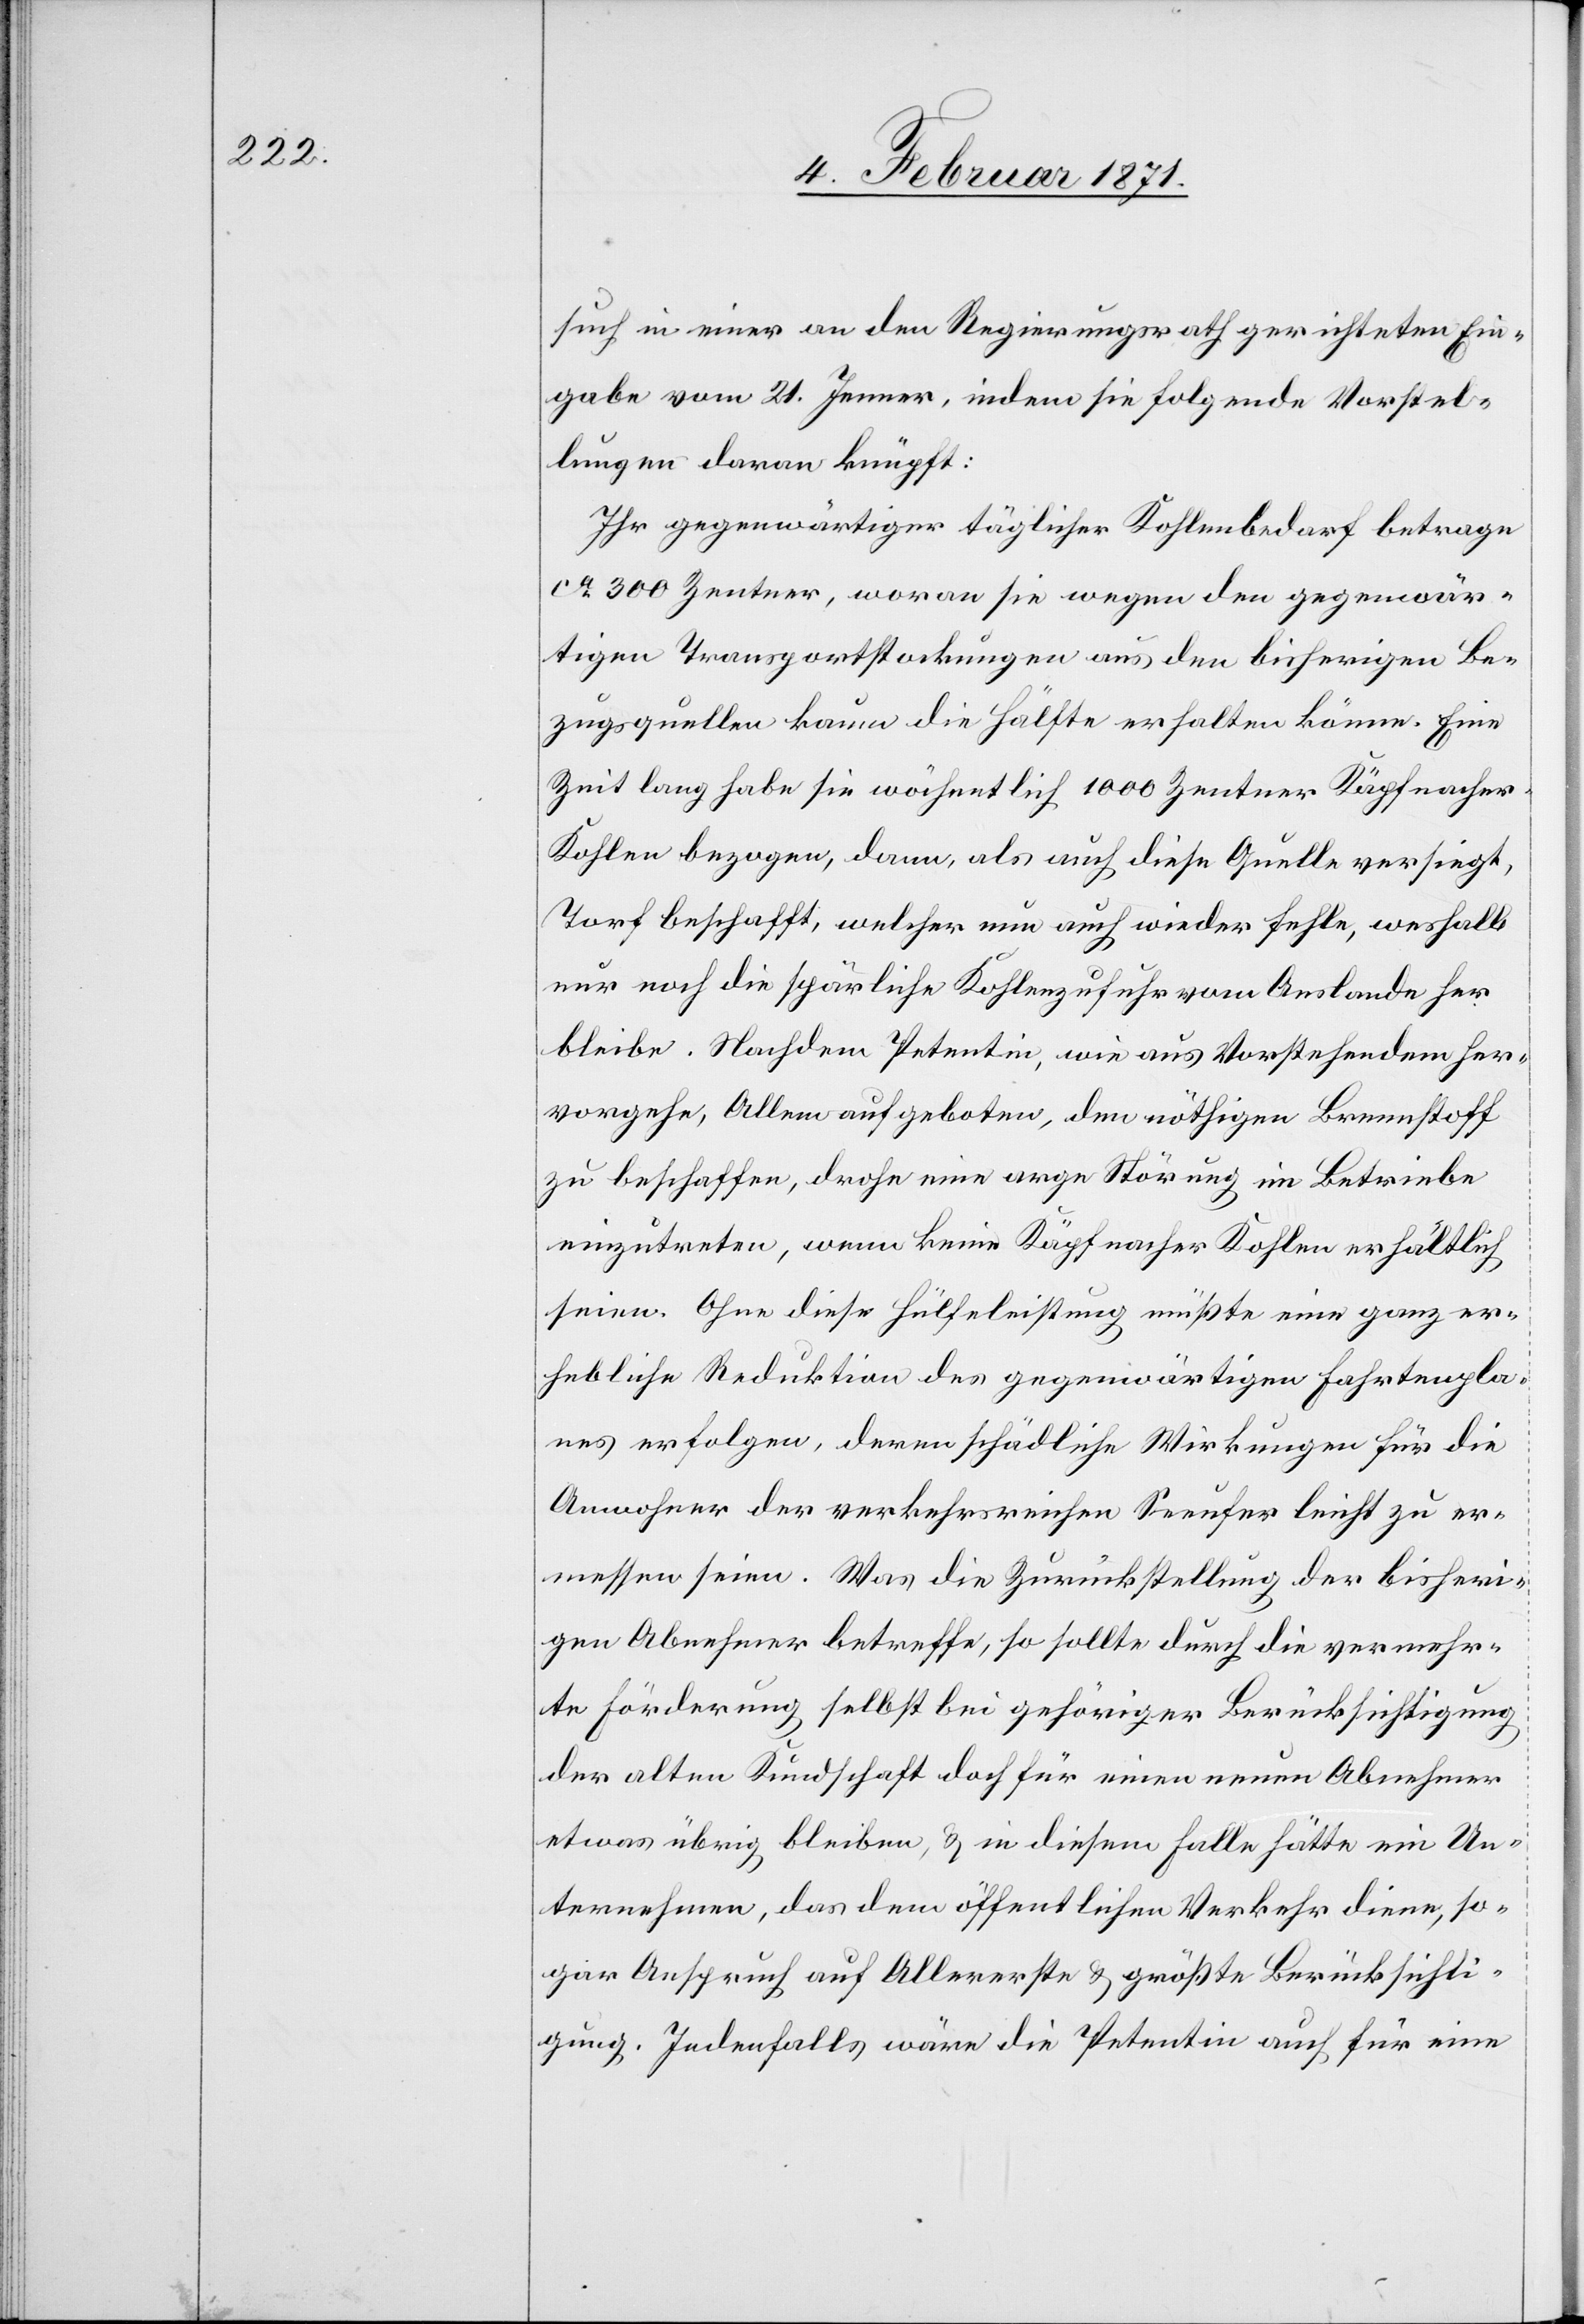
such in einer an den Regierungsrath gerichteten Ein¬
gabe vom 21. Jenner, indem sie folgende Vorstel¬
lungen daran knüpft:
Ihr gegenwärtiger täglicher Kohlenbedarf betrage
ca. 300 Zentner, woran sie wegen den gegenwär¬
tigen Transportstockungen aus den bisherigen Be¬
zugsquellen kaum die Hälfte erhalten könne. Eine
Zeit lang habe sie wöchentlich 1000 Zentner Käpfnacher
Kohlen bezogen, dann, als auch diese Quelle versiegt,
Torf beschafft, welcher nun auch wieder fehle, weshalb
nur noch die spärliche Kohlenzufuhr vom Auslande her
bleibe. Nachdem Petentin, wie aus Vorstehendem her¬
vorgehe, Allem aufgeboten, den nöthigen Brennstoff
zu beschaffen, drohe nun arge Störung im Betriebe
einzutreten, wenn keine Käpfnacher Kohlen erhältlich
seien. Ohne diese Hülfeleistung müßte eine ganz er¬
hebliche Reduktion des gegenwärtigen Fahrtenpla¬
nes erfolgen, deren schädliche Wirkungen für die
Anwohner der verkehrsreichen Seeufer leicht zu er¬
messen seien. Was die Zurückstellung der bisheri¬
gen Abnehmer betreffe, so sollte durch die vermehr¬
te Förderung selbst bei gehöriger Berücksichtigung
der alten Kundschaft doch für einen neuen Abnehmer
etwas übrig bleiben, u. in diesem Falle hätte ein Un¬
ternehmen, das dem öffentlichen Verkehr diene, so¬
gar Anspruch auf Allererste u. größte Berücksichti¬
gung. Jedenfalls wäre die Petentin auch für eine